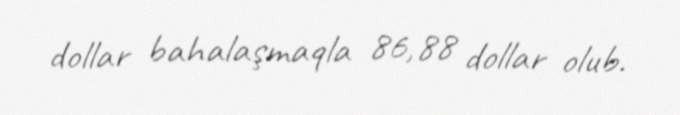
dollar bahalaşmaqla 86,88 dollar olub.